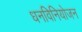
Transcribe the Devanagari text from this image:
धनविनियोजन